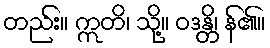
တည်း။ ဣတိ၊ သို့။ ဝဒန္တိ၊ န်၏။